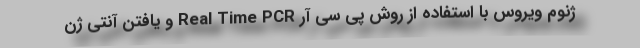
ژنوم ویروس با استفاده از روش پی سی آر Real Time PCR و یافتن آنتی ژن